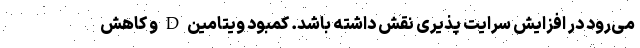
می‌رود در افزایش سرایت پذیری نقش داشته باشد. کمبود ویتامین D و کاهش